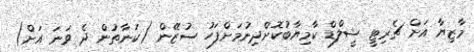
މާޒިޔާ އަށް ޗެރިޓީ ޝީލްޑް ކާމިޔާބުކޮށްދިނުމަށްފަހު ސުޒޭން (ކަނާތުން ދެ ވަނަ އަށް)